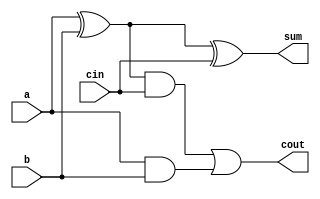
module fullAdder(a,b,cin,sum,cout);

input a,b,cin;
output sum,cout;
wire k;
assign k=a^b;
assign sum = k^cin;
assign cout = (k&cin) | (a&b);

endmodule